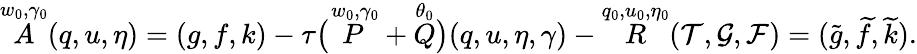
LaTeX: \overset{w_{0},\gamma_{0}}{A}(q,u,\eta)=(g,f,k)-\tau\big(\overset{w_{0},\gamma_{0}}{P}+\overset{\theta_{0}}{Q}\big)(q,u,\eta,\gamma)-\overset{q_{0},u_{0},\eta_{0}}{R}(\mathcal{T},\mathcal{G},\mathcal{F})=(\widetilde{g},\widetilde{f},\widetilde{k}).